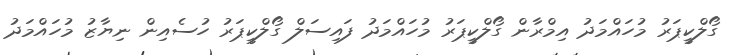
ގޯލްކީޕަރު މުހައްމަދު އިމްރާން ގޯލްކީޕަރު މުހައްމަދު ފައިސަލް ގޯލްކީޕަރު ހުސެއިން ނިޔާޒު މުހައްމަދު